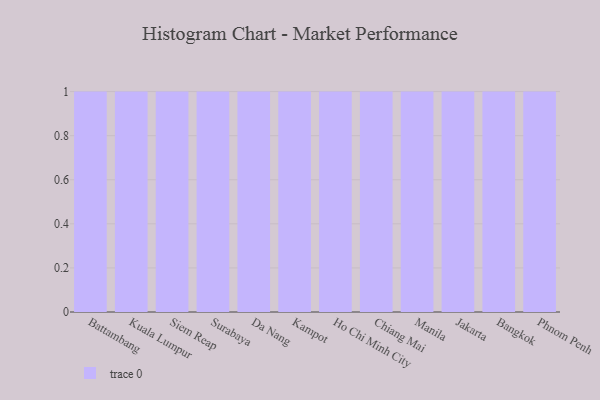
{"axis": {"x": "City", "y": "Net Income (USD K)"}, "legend": [""], "data": [{"x": "Battambang", "y": 47, "type": ""}, {"x": "Kuala Lumpur", "y": 50, "type": ""}, {"x": "Siem Reap", "y": 16, "type": ""}, {"x": "Surabaya", "y": 61, "type": ""}, {"x": "Da Nang", "y": 93, "type": ""}, {"x": "Kampot", "y": 80, "type": ""}, {"x": "Ho Chi Minh City", "y": 70, "type": ""}, {"x": "Chiang Mai", "y": 65, "type": ""}, {"x": "Manila", "y": 33, "type": ""}, {"x": "Jakarta", "y": 84, "type": ""}, {"x": "Bangkok", "y": 51, "type": ""}, {"x": "Phnom Penh", "y": 46, "type": ""}]}